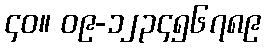
၄၀။ ၀၉-၁၂၃၄၅၆၇၈၉